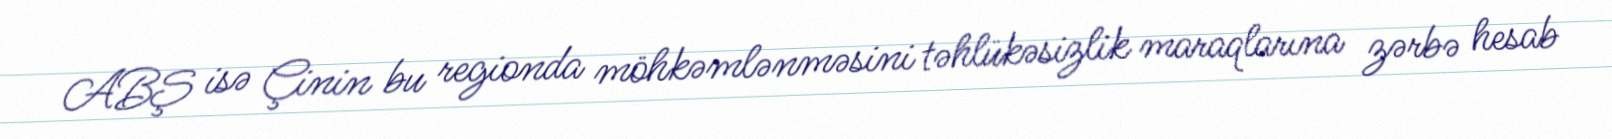
ABŞ isə Çinin bu regionda möhkəmlənməsini təhlükəsizlik maraqlarına zərbə hesab